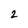
Character: 2